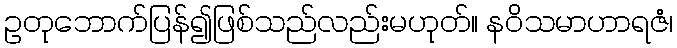
ဥတုဘောက်ပြန်၍ဖြစ်သည်လည်းမဟုတ်။ နဝိသမာဟာရဇံ၊